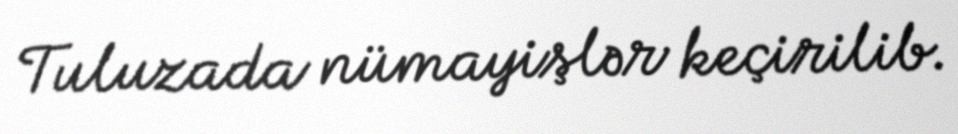
Tuluzada nümayişlər keçirilib.